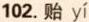
102.贻y\acute{i}